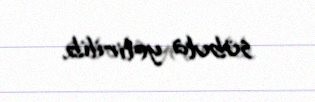
sübuta yetirilib.